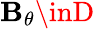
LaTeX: \mathbf{B}_{\theta}\inD